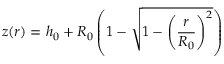
z ( r ) = h _ { 0 } + R _ { 0 } \left( 1 - \sqrt { 1 - \left( \frac { r } { R _ { 0 } } \right) ^ { 2 } } \right)